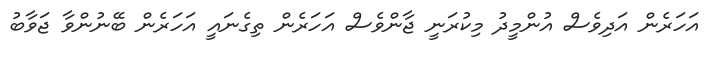
އަހަރެން އަދިވެސް އުންމީދު މިކުރަނީ ޖާންވެސް އަހަރެން ތިގެނައީ އަހަރެން ބޭނުންވާ ޖަވާބު